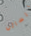
اتسائل